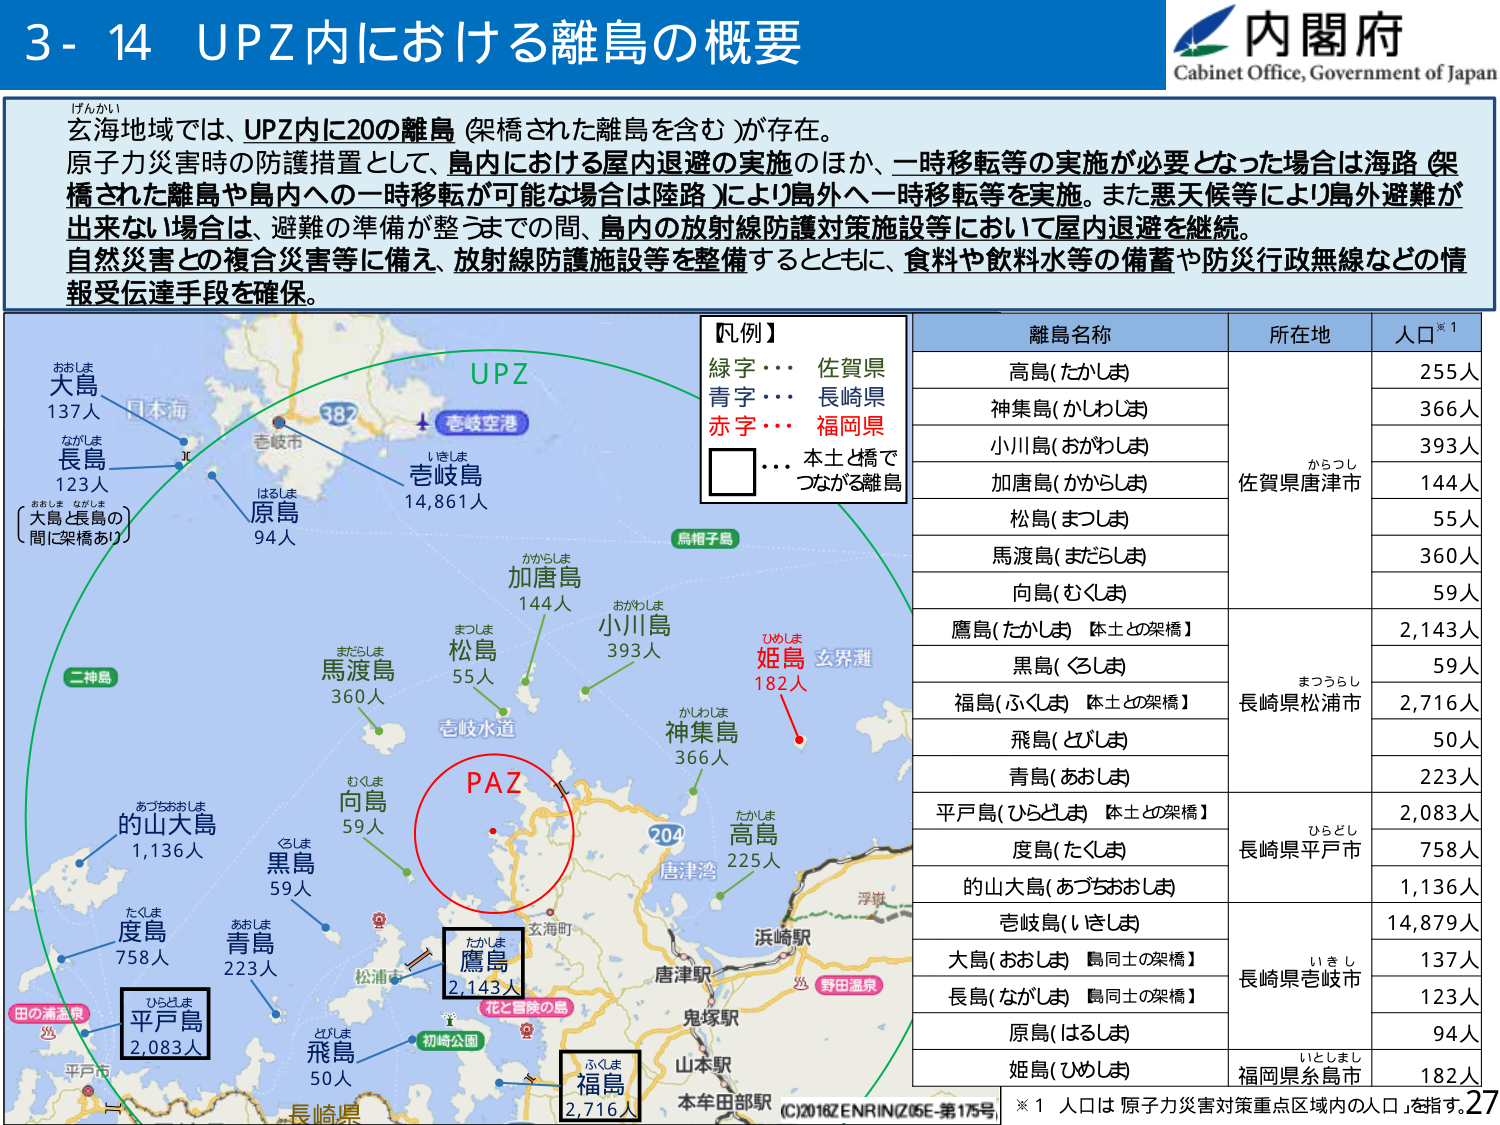
3-14 UPZ内における離島の概要
内閣府
Cabinet Office, Government of Japan

げんかい
玄海地域では、UPZ内に20の離島（架橋された離島を含む）が存在。
原子力災害時の防護措置として、島内における屋内退避の実施のほか、一時移転等の実施が必要となった場合は海路（架橋された離島や島内への一時移転が可能な場合は陸路）により島外へ一時移転等を実施。また悪天候等により島外避難が出来ない場合は、避難の準備が整うまでの間、島内の放射線防護対策施設等において屋内退避を継続。
自然災害との複合災害等に備え、放射線防護施設等を整備するとともに、食料や飲料水等の備蓄や防災行政無線などの情報受伝達手段を確保。

【凡例】
緑字・・・佐賀県
青字・・・長崎県
赤字・・・福岡県
□・・・本土と橋でつながる離島

UPZ
壱岐空港
壱岐市
壱岐島 14,861人
島根子島
かからしま
加唐島 144人
おがわしま
小川島 393人
ひめしま
姫島 182人
玄界灘
かしゅうしま
神集島 366人
たかしま
高島 225人
浮堺
浜崎駅
野田温泉
唐津駅
鬼塚駅
山本駅
本牟田部駅
花と冒険の島
初崎公園
松浦市
玄海町
204
壱岐水道
まつしま
松島 55人
まだらしま
馬渡島 360人
おぐしま
向島 59人
ぐろしま
黒島 59人
あおしま
青島 223人
とびしま
飛島 50人
たかしま
鷹島 2,143人
ふくしま
福島 2,716人
ひらどしま
平戸島 2,083人
あづちおおしま
的山大島 1,136人
たぐしま
度島 758人
おおしま
大島 137人
ながしま
長島 123人
はるしま
原島 94人
（大島と長島の間で架橋あり）
二神島
田の浦漁港
平戸市
長崎県

離島名称　　　　　　　所在地　　　　　　　人口※1
高島（たかしま）　　　佐賀県唐津市　　　　255人
神集島（かしゅうしま）　　　　　　　　　　366人
小川島（おがわしま）　　　　　　　　　　393人
加唐島（かからしま）　　　　　　　　　　144人
松島（まつしま）　　　　　　　　　　　　55人
馬渡島（まだらしま）　　　　　　　　　　360人
向島（むくしま）　　　　　　　　　　　　59人
鷹島（たかしま）【本土との架橋】　　　　2,143人
黒島（ぐろしま）　　　長崎県松浦市　　　　59人
福島（ふくしま）【本土との架橋】　　　　2,716人
飛島（とびしま）　　　　　　　　　　　　50人
青島（あおしま）　　　　　　　　　　　　223人
平戸島（ひらどしま）【本土との架橋】　　2,083人
度島（たぐしま）　　　長崎県平戸市　　　　758人
的山大島（あづちおおしま）　　　　　　　1,136人
壱岐島（いきしま）　　　　　　　　　　14,879人
大島（おおしま）【島同士の架橋】　　　　137人
長島（ながしま）【島同士の架橋】　　　　123人
原島（はるしま）　　　長崎県壱岐市　　　　94人
姫島（ひめしま）　　　福岡県糸島市　　　　182人

※1 人口は 原子力災害対策重点区域内の人口を指す。
(C)2016 ZENRIN (Z05E-第175号)
27